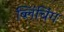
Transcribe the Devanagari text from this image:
ब्लिंचिंग